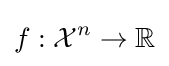
f:{\mathcal {X}}^{n}\rightarrow \mathbb {R}